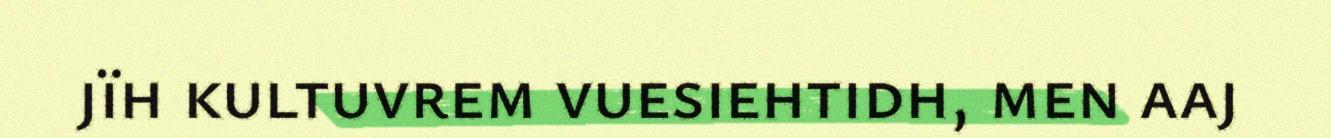
jïh kultuvrem vuesiehtidh, men aaj